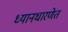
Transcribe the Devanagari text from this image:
ध्यानधारणेत